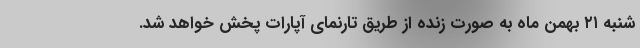
شنبه ۲۱ بهمن ماه به صورت زنده از طریق تارنمای آپارات پخش خواهد شد.